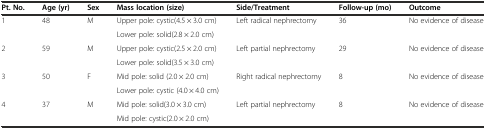
<table><thead><tr><td><b>Pt. No.</b></td><td><b>Age (yr)</b></td><td><b>Sex</b></td><td><b>Mass location (size)</b></td><td><b>Side/Treatment</b></td><td><b>Follow-up (mo)</b></td><td><b>Outcome</b></td></tr></thead><tbody><tr><td>1</td><td>48</td><td>M</td><td>Upper pole: cystic(4.5 × 3.0 cm)</td><td>Left radical nephrectomy</td><td>36</td><td>No evidence of disease</td></tr><tr><td></td><td></td><td></td><td>Lower pole: solid(2.8 × 2.0 cm)</td><td></td><td></td><td></td></tr><tr><td>2</td><td>59</td><td>M</td><td>Upper pole: cystic(2.5 × 2.0 cm)</td><td>Left partial nephrectomy</td><td>29</td><td>No evidence of disease</td></tr><tr><td></td><td></td><td></td><td>Lower pole: solid(3.5 × 3.0 cm)</td><td></td><td></td><td></td></tr><tr><td>3</td><td>50</td><td>F</td><td>Mid pole: solid (2.0 × 2.0 cm)</td><td>Right radical nephrectomy</td><td>8</td><td>No evidence of disease</td></tr><tr><td></td><td></td><td></td><td>Lower pole: cystic (4.0 × 4.0 cm)</td><td></td><td></td><td></td></tr><tr><td>4</td><td>37</td><td>M</td><td>Mid pole: solid(3.0 × 3.0 cm)</td><td>Left partial nephrectomy</td><td>8</td><td>No evidence of disease</td></tr><tr><td></td><td></td><td></td><td>Mid pole: cystic(2.0 × 2.0 cm)</td><td></td><td></td><td></td></tr></tbody></table>